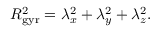
R _ { \mathrm { g y r } } ^ { 2 } = \lambda _ { x } ^ { 2 } + \lambda _ { y } ^ { 2 } + \lambda _ { z } ^ { 2 } .